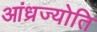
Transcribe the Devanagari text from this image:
आंध्रज्योति